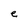
Character: e